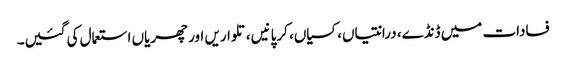
فسادات میں ڈنڈے، درانتیاں، کسیاں، کرپانیں ،تلواریں اور چھریاں استعمال کی گئیں۔